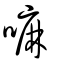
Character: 嘛